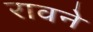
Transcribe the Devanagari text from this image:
रावने